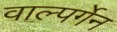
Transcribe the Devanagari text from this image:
वाल्पर्गेन